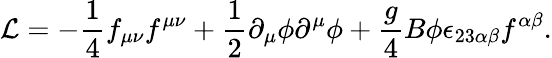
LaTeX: {\mathcal{L}}=-\frac{1}{4}f_{\mu\nu}f^{\mu\nu}+\frac{1}{2}\partial_{\mu}\phi\partial^{\mu}\phi+\frac{g}{4}B\phi\epsilon_{23\alpha\beta}f^{\alpha\beta}.